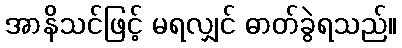
အာနိသင်ဖြင့် မရလျှင် ဓာတ်ခွဲရသည်။